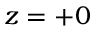
z = + 0